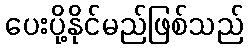
ပေးပို့နိုင်မည်ဖြစ်သည်